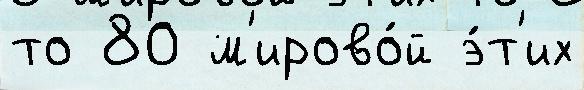
то 80 м'ирово́й э́т'их